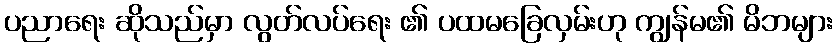
ပညာရေး ဆိုသည်မှာ လွတ်လပ်ရေး ၏ ပထမခြေလှမ်းဟု ကျွန်မ၏ မိဘများ